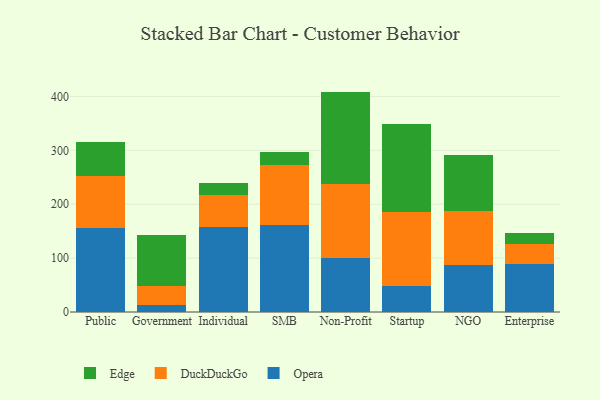
{"axis": {"x": "Segment", "y": "Revenue (USD Million)"}, "legend": ["DuckDuckGo", "Edge", "Opera"], "data": [{"x": "Public", "y": 156.5, "type": "Opera"}, {"x": "Public", "y": 95.5, "type": "DuckDuckGo"}, {"x": "Public", "y": 64.2, "type": "Edge"}, {"x": "Government", "y": 13.1, "type": "Opera"}, {"x": "Government", "y": 35.8, "type": "DuckDuckGo"}, {"x": "Government", "y": 94.4, "type": "Edge"}, {"x": "Individual", "y": 158.6, "type": "Opera"}, {"x": "Individual", "y": 57.8, "type": "DuckDuckGo"}, {"x": "Individual", "y": 22.3, "type": "Edge"}, {"x": "SMB", "y": 162.3, "type": "Opera"}, {"x": "SMB", "y": 110.9, "type": "DuckDuckGo"}, {"x": "SMB", "y": 24.5, "type": "Edge"}, {"x": "Non-Profit", "y": 100.5, "type": "Opera"}, {"x": "Non-Profit", "y": 137.4, "type": "DuckDuckGo"}, {"x": "Non-Profit", "y": 171.0, "type": "Edge"}, {"x": "Startup", "y": 48.2, "type": "Opera"}, {"x": "Startup", "y": 137.1, "type": "DuckDuckGo"}, {"x": "Startup", "y": 164.2, "type": "Edge"}, {"x": "NGO", "y": 86.8, "type": "Opera"}, {"x": "NGO", "y": 100.6, "type": "DuckDuckGo"}, {"x": "NGO", "y": 104.4, "type": "Edge"}, {"x": "Enterprise", "y": 88.3, "type": "Opera"}, {"x": "Enterprise", "y": 37.3, "type": "DuckDuckGo"}, {"x": "Enterprise", "y": 20.9, "type": "Edge"}]}